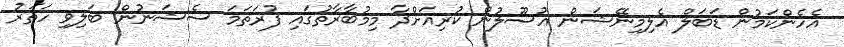
އެހެންކަމުން ޑަބަލް އެލިމިނޭޝަން އުސޫލުން ކުރިއަށްދާ މިމުބާރާތުގައި ފުރަތަމަ ސެޝަނުން ބަލިވި ހަތަރު